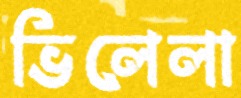
ভিলেলা